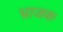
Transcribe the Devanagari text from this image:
भ्राजक